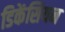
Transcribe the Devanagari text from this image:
डिकेंसियन